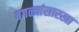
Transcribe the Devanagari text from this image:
बगळ्यांसारखा